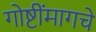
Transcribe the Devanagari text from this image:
गोष्टींमागचे